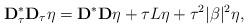
LaTeX: \begin{align*}\mathbf{D}^*_\tau \mathbf{D}_\tau \eta = \mathbf{D}^* \mathbf{D} \eta +\tau L \eta + \tau^2 |\beta|^2 \eta,\end{align*}